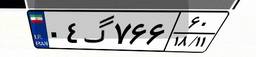
۰۴گ۷۶۶۶۰